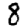
Digit: 8